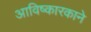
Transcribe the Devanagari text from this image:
आविष्कारकाने